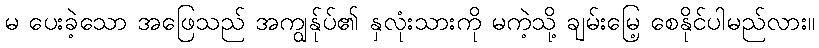
မ ပေးခဲ့သော အဖြေသည် အကျွန်ုပ်၏ နှလုံးသားကို မကဲ့သို့ ချမ်းမြေ့ စေနိုင်ပါမည်လား။